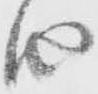
由